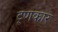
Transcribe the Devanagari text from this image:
ट्णकार